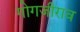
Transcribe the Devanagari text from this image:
गोगजीराव